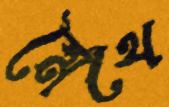
মৈথৈ